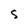
Character: S